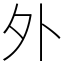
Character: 外